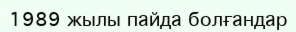
1989 жылы пайда болғандар